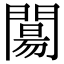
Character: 𨵶